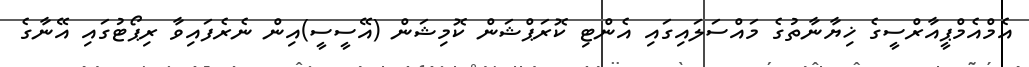
އެމްއެމްޕީއާރްސީގެ ޚިޔާނާތުގެ މައްސަލައިގައި އެންޓި ކޮރަޕްޝަން ކޮމިޝަން (އޭސީސީ)އިން ނެރެފައިވާ ރިޕޯޓުގައި އޭނާގެ